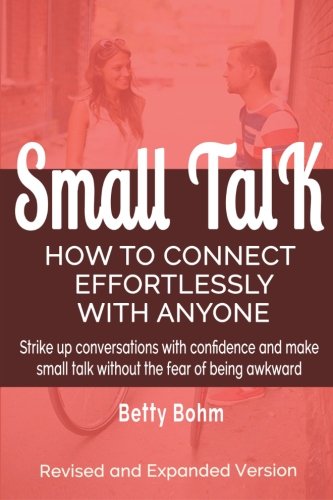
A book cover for Small Talk: How to Connect Effortlessly With Anyone, Strike Up Conversations with Confidence and Make Small Talk Without the Fear of Being Awkward; Betty Bohm; Self-Help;